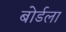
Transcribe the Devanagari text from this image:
बोर्डला